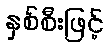
နှစ်စီးဖြင့်